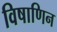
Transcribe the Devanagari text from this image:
विषाणिन